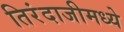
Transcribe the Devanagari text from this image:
तिरंदाजीमध्ये